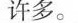
许多。